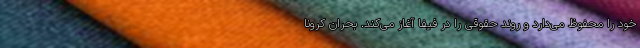
خود را محفوظ می‌دارد و روند حقوقی را در فیفا آغاز می‌کند. بحران کرونا